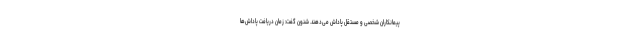
پیمانکاران شخصی و مستقل پاداش می‌دهند. شنون گفت: زمان دریافت پاداش‌ها